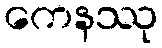
ကေနဿု